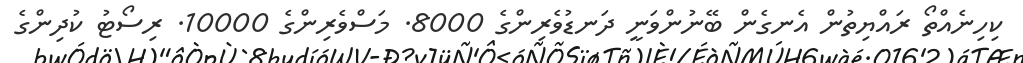
ކިހިނެއްތޯ ރައްޔިތުން އެނގެން ބޭނުންވަނީ ދަނޑުވެރިންގެ 8000. މަސްވެރިންގެ 10000. ރިސޯޓު ކުދިންގެ